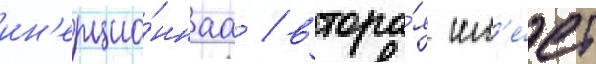
ин'ерцио́ннаа / втора́я им'е́ет